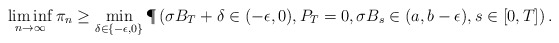
\begin{align*} \liminf_{n \to \infty} \pi_n \geq \min_{\delta \in \{-\epsilon,0\}} \P\left( \sigma B_T + \delta \in (-\epsilon, 0), P_T = 0, \sigma B_s \in (a,b-\epsilon), s \in [0,T] \right).\end{align*}